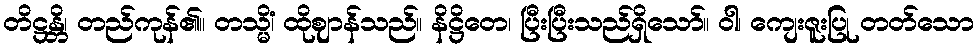
တိဋ္ဌန္တိ၊ တည်ကုန်၏။ တသ္မိံ၊ ထိုဈာန်သည်။ နိဋ္ဌိတေ၊ ပြီးပြီးသည်ရှိသော်။ ဝါ၊ ကျေးဇူးပြု တတ်သော